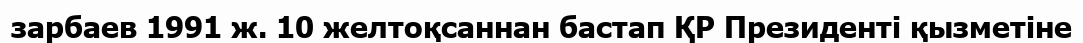
зарбаев 1991 ж. 10 желтоқсаннан бастап ҚР Президенті қызметіне